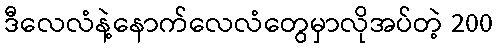
ဒီလေလံနဲ့နောက်လေလံတွေမှာလိုအပ်တဲ့ 200